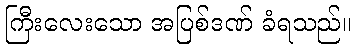
ကြီးလေးသော အပြစ်ဒဏ် ခံရသည်။